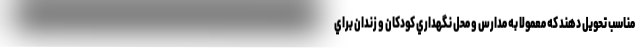
مناسب تحويل دهند كه معمولا به مدارس و محل نگهداري كودكان و زندان براي